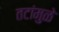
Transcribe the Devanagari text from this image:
तटांमुळे